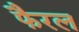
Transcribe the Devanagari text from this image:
फैरल